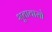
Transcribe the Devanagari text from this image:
भूतावासो